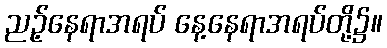
ညဉ့်နေရာအရပ် နေ့နေရာအရပ်တို့၌။